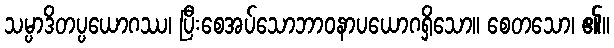
သမ္ပာဒိတပ္ပယောဂဿ၊ ပြီးစေအပ်သောဘာဝနာပယောဂရှိသော။ စေတသော၊ ၏။